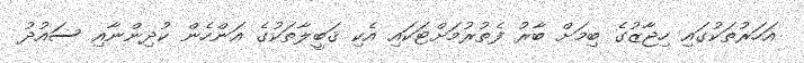
އަހަރުތަކުގައި ހިޖާޒުގެ ބިމަށް ބާރު ފެތުރުމަށްޓަކައި އެކި ޤަބީލާތަކުގެ އަންހެން ކުދިންނާއި ސައުދު